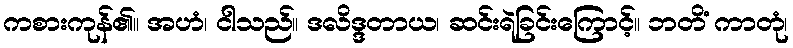
ကစားကုန်၏။ အဟံ၊ ငါသည်။ ဒလိဒ္ဒတာယ၊ ဆင်းရဲခြင်းကြောင့်။ ဘတိံ ကာတုံ၊